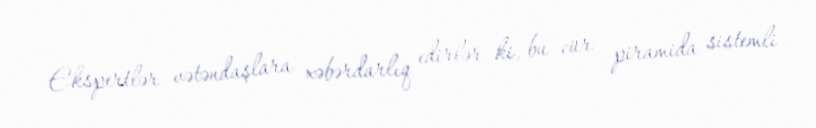
Ekspertlər vətəndaşlara xəbərdarlıq edirlər ki, bu cür piramida sistemli